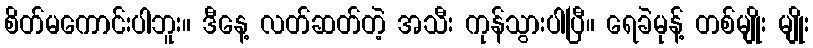
စိတ်မကောင်းပါဘူး။ ဒီနေ့ လတ်ဆတ်တဲ့ အသီး ကုန်သွားပါပြီ။ ရေခဲမုန့် တစ်မျိုး မျိုး